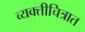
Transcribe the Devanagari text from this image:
व्यक्तीचित्रात